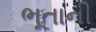
ભૂતાની